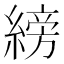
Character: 縍